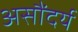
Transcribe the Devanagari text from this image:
असौंदर्य